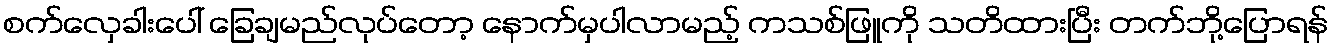
စက်လှေခါးပေါ် ခြေချမည်လုပ်တော့ နောက်မှပါလာမည့် ကသစ်ဖြူကို သတိထားပြီး တက်ဘို့ပြောရန်